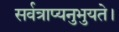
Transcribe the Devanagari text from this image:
सर्वत्राप्यनुभुयते।